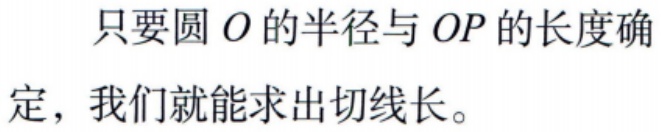
只要圆\(O\)的半径与\(OP\)的长度确定，我们就能求出切线长。